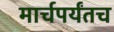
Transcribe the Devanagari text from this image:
मार्चपर्यंतच